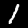
Digit: 1